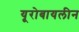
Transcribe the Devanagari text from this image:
यूरोबायलीन